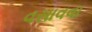
વસાવવા